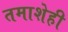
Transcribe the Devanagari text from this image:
तमाशेही